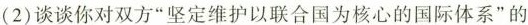
(2)谈谈你对双方“坚定维护以联合国为核心的国际体系”的